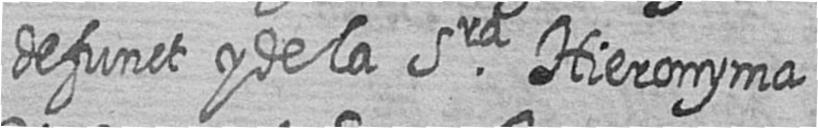
defunct y de la Sra Hieronyma